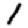
Digit: 1